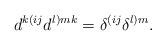
\begin{align*}d^{k(ij}d^{l)mk}=\delta^{(ij}\delta^{l)m}.\end{align*}